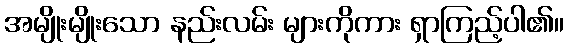
အမျိုးမျိုးသော နည်းလမ်း များကိုကား ရှာကြည့်ပါ၏။